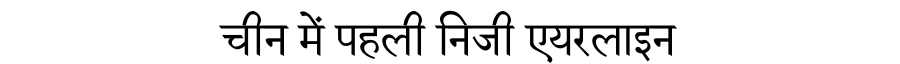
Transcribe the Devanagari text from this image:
चीन में पहली निजी एयरलाइन